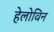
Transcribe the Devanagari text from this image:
हेलोविन